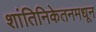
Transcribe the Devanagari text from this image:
शांतिनिकेतनमधून